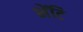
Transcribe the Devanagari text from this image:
भेंटि